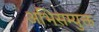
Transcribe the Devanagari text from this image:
अभिसम्युक्त